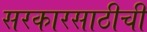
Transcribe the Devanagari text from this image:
सरकारसाठीची